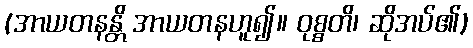
(အာယတနန္တိ အာယတနဟူ၍။ ဝုစ္စတိ၊ ဆိုအပ်၏)